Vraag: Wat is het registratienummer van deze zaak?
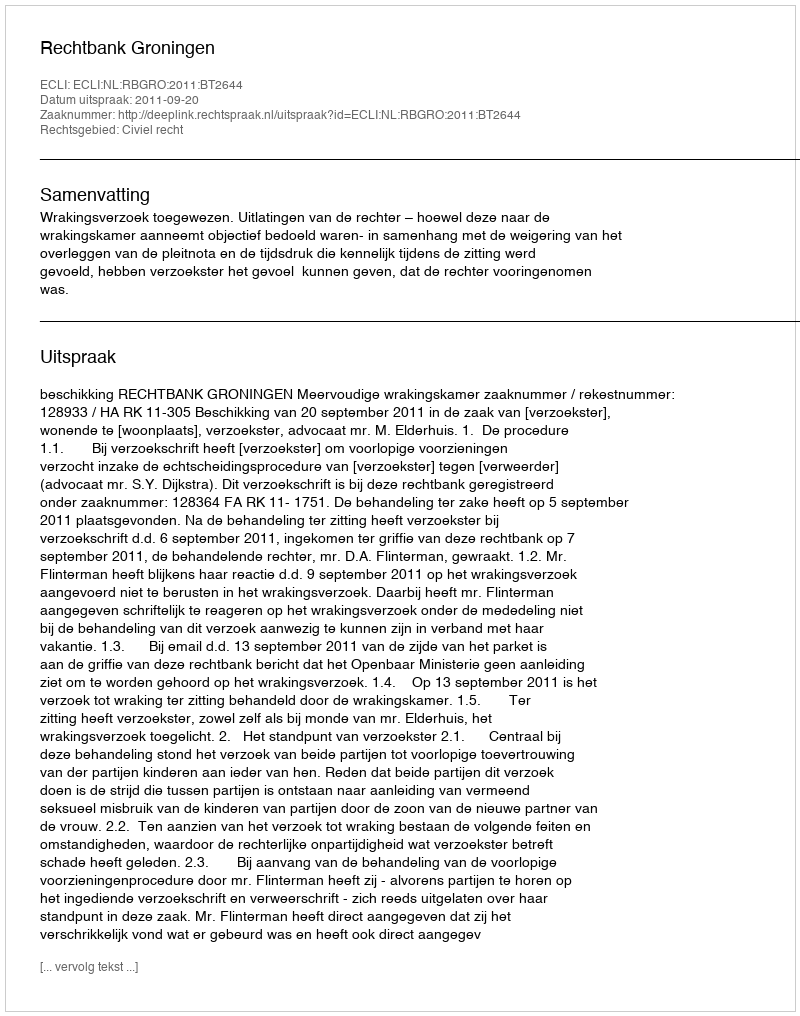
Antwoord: http://deeplink.rechtspraak.nl/uitspraak?id=ECLI:NL:RBGRO:2011:BT2644